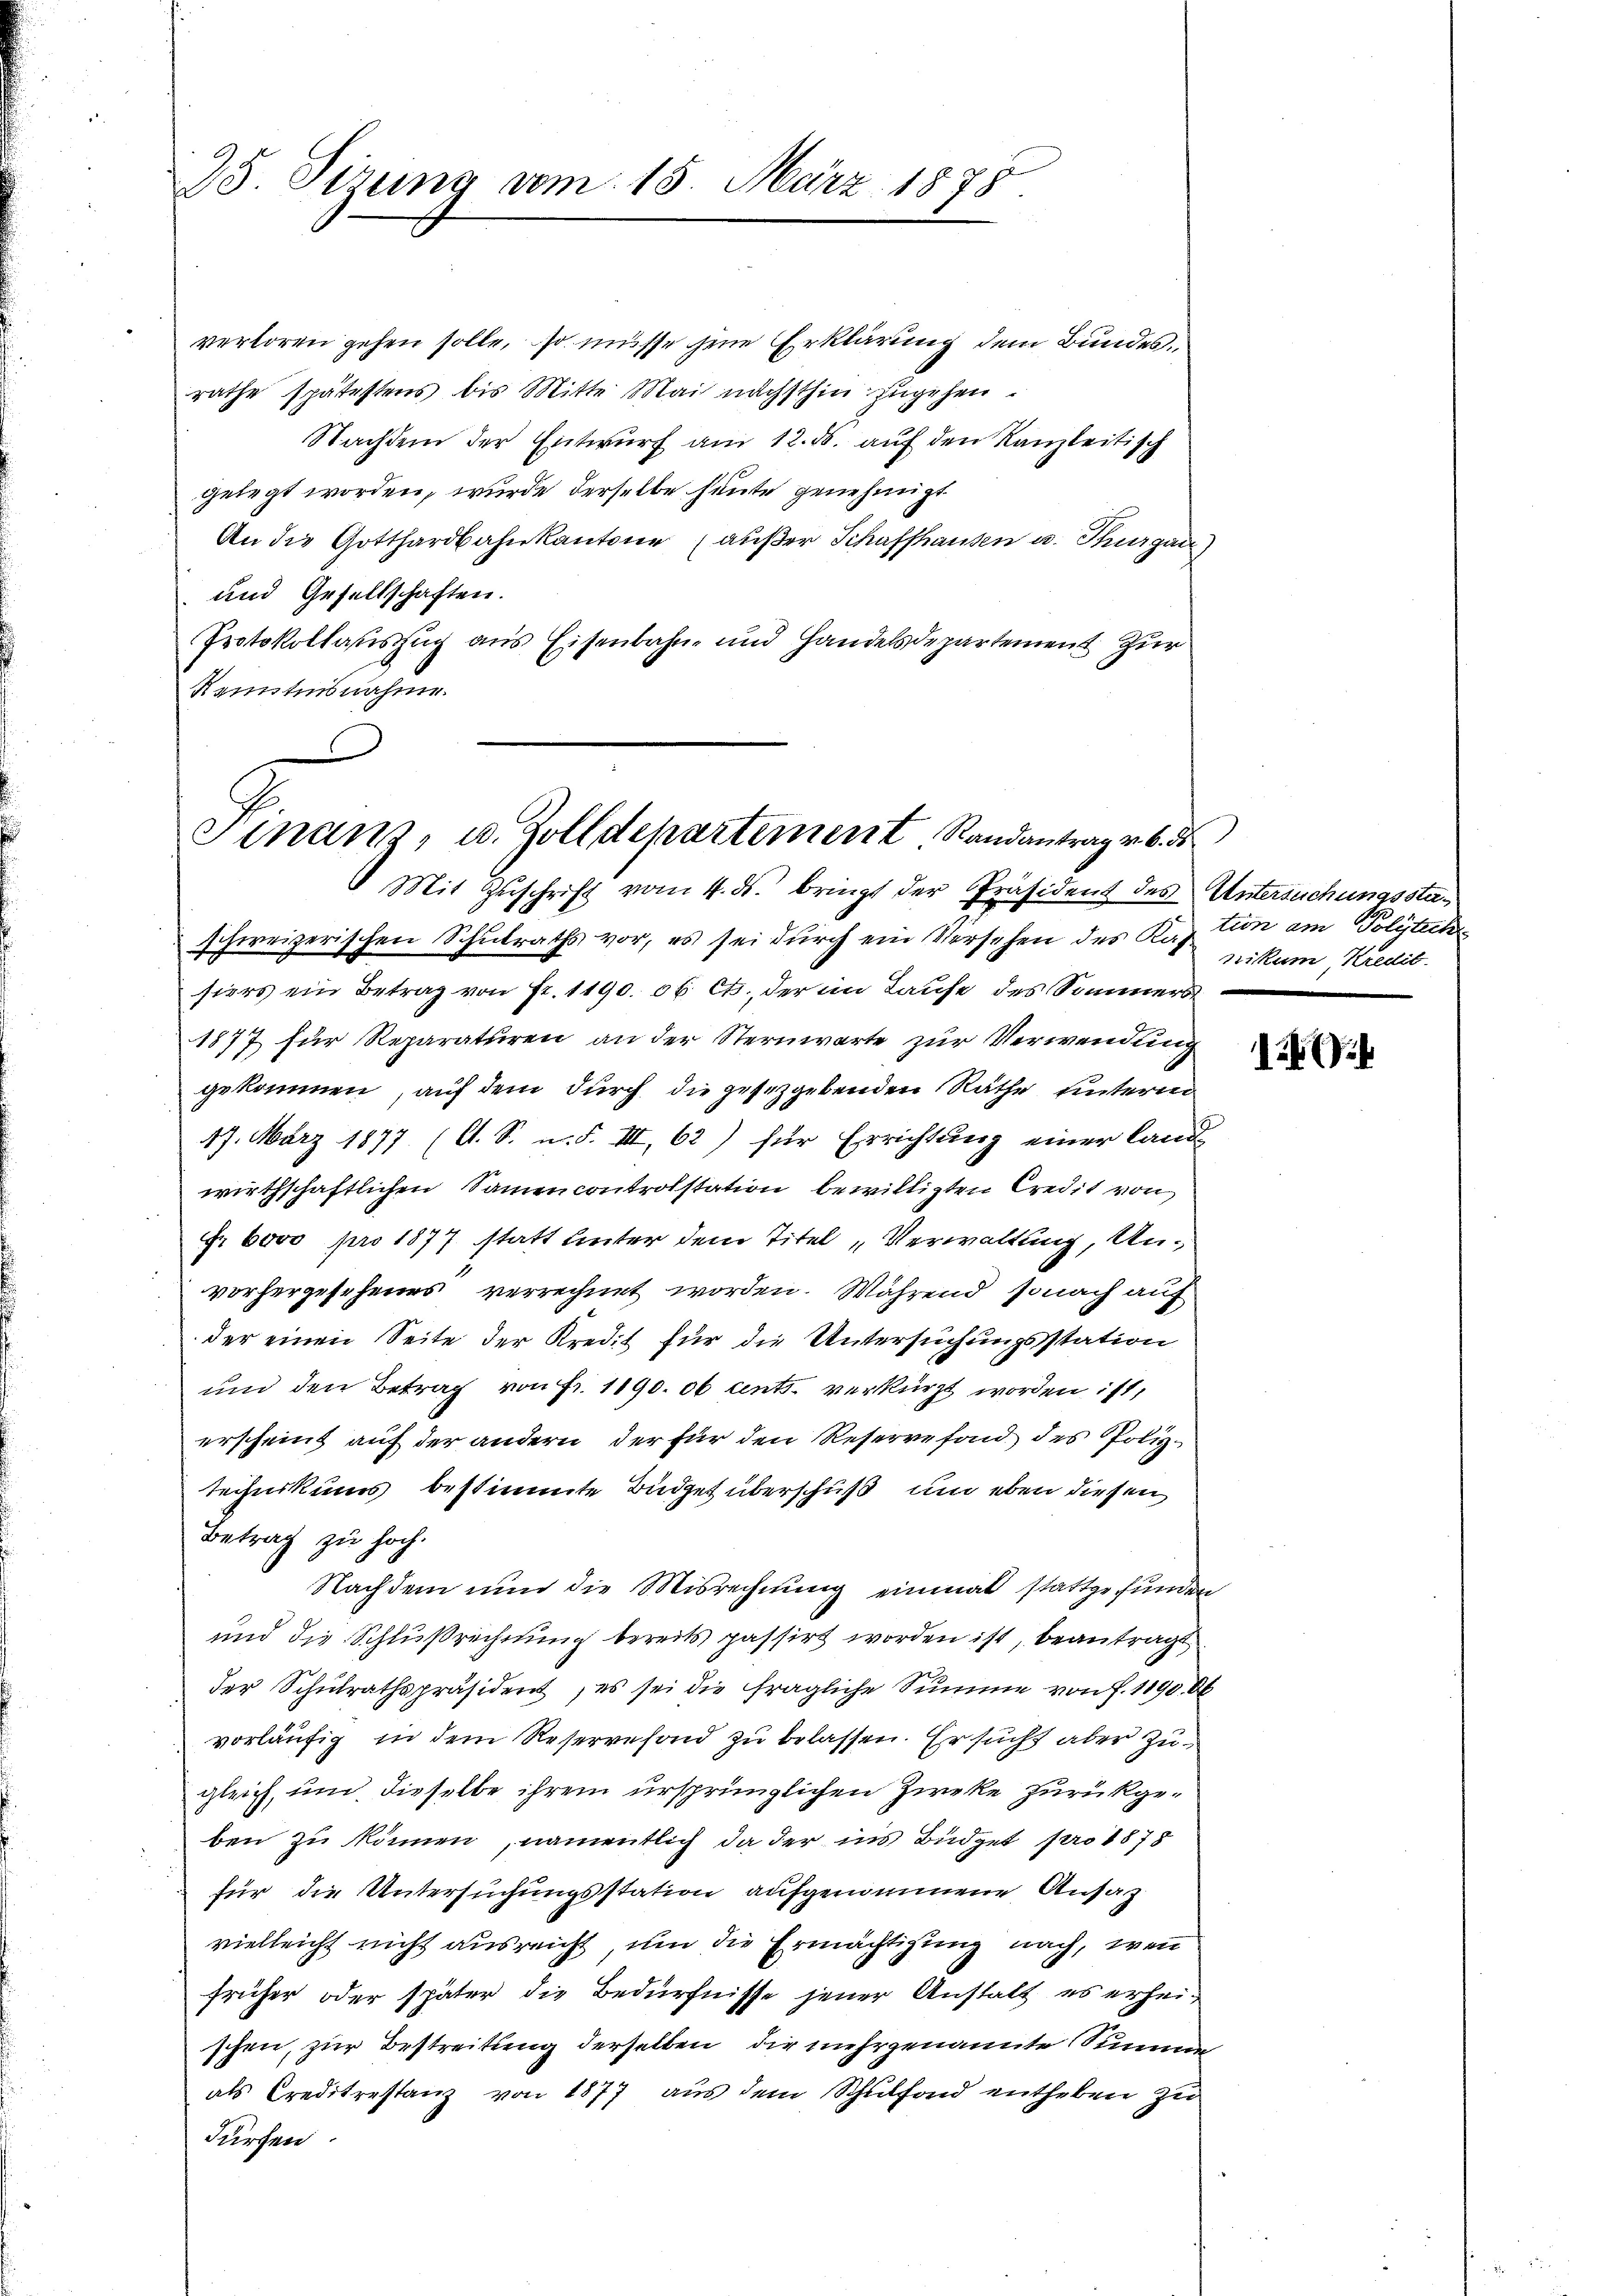
verloren gehen solle, so müsse jene Erklärung dem Bundesrathe spätestens bis Mitte Mai nächsthin zŭgehen.
Nachdem der Entwurf am 12. ds. auf den Kanzleitisch
gelegt worden, wurde derselbe heute genehmigt
An die Gotthardbahn kantone (außer Schaffhausen u. Thurgau)
und Gesellschaften.
Protokollauszug aus Eisenbahn- und Handelsdepartement zur
Kenntnisnahme.

25 Sizung vom 15. März 1878.

Finan, u. Zolldepartement Randantrag v. 6. ds.
Mit Zŭschrift vom 4. ds. bringt der Präsident des Untersuchungssta¬

schweizerischen Schulraths vor, es sei durch ein Versehen des Kaution am Polytech
siers ein Betrag von Fr. 1190. 06. Cts. der im Laufe des Sommers
1877 für Reparaturen an der Sternwarte zur Verwendung
gekommen, auf dem durch die gesetzgebenden Räthe unterm
17. März 1877 (A. S. n. F. III, 62) für Errichtung einer land-
wirthschaftlichen Sammencontrolstation bewilligten Credit von
Fr. 6000 pro 1877 statt unter dem Titel „Verwaltung, Unvorhergesehenes verrechnet worden. Während sonach auf
der einen Seite der Kredit für die Untersuchungsstation
und den Betrag von Fr. 1190. 06 cents. verkürzt worden ist,
erscheint auf der andern, der für den Reservefon des Poliztechnikums bestimmte Büdget überschuß um eben diesen
Betrag zu hoch.
Nachdem nun die Misrechnung einmal stattgefunden
und die Schlußrechnung bereits passirt worden ist, beantragt
der Schulrathspräsident, es sei die fragliche Summe von f. 1190. Ok
vorläufig in dem Reservefond zu belassen. Er sucht aber zugleich, um dieselbe ihrem ursprünglichen Zwecke zurückgeben zu können, namentlich da der ins Büdget pro 1878
für die Untersuchungsstation aufgenommene Ansat
vielleicht nicht ausreicht, um die Ermächtigung nach, wenn
früher oder später die Bedürfnisse jener Anstalt es erheischen, zur Bestreitung derselben, die mehrgenannte Summe
als Creditrestanz von 1877 aus dem Schulfond entheben zu
dürfen.

nikum Kredit.

1